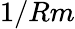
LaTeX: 1/Rm